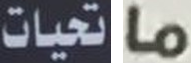
تحيات ما